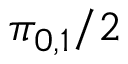
\pi _ { 0 , 1 } / 2